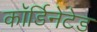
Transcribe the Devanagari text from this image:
कॉर्डिनेटेड